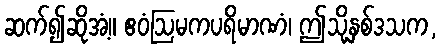
ဆက်၍ဆိုအံ့။ ဧဝံဩမကပရိမာဏံ၊ ဤသို့နှစ်ဒသက,